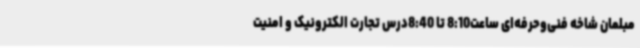
مبلمان شاخه فنی‌وحرفه‌ای ساعت8:10 تا 8:40درس تجارت الکترونیک و امنیت